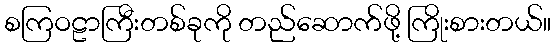
စကြဝဠာကြီးတစ်ခုကို တည်ဆောက်ဖို့ ကြိုးစားတယ်။